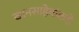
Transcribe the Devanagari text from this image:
खानसाहेबांकडे